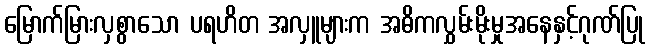
မြောက်မြားလှစွာသော ပရဟိတ အလှူများက အဓိကလွှမ်းမိုးမှုအနေနှင့်ဂုဏ်ပြု